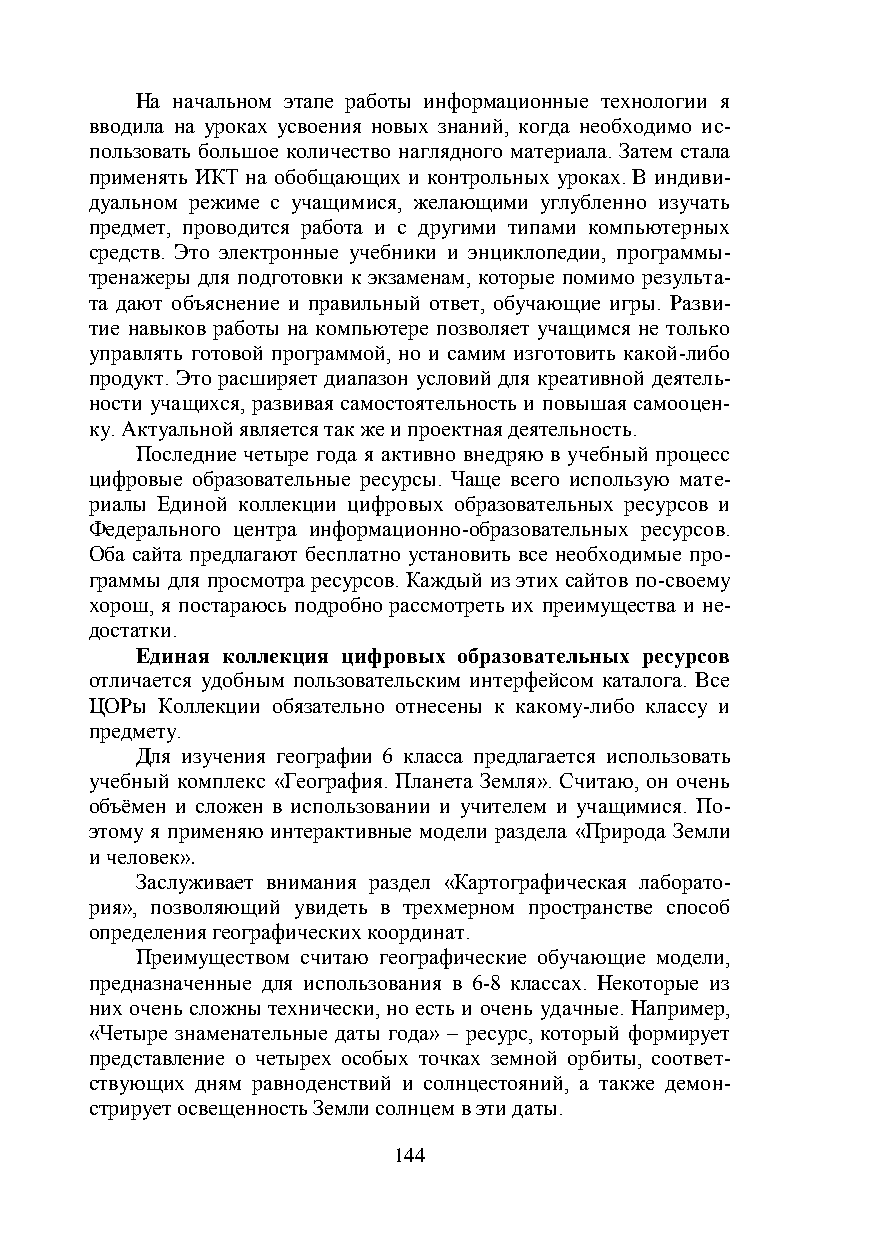
На начальном этапе работы информационные технологии я
 вводила на уроках усвоения новых знаний, когда необходимо ис-
 пользовать большое количество наглядного материала. Затем стала
 применять ИКТ на обобщающих и контрольных уроках. В индиви-
 дуальном режиме с учащимися, желающими углубленно изучать
 предмет, проводится работа и с другими типами компьютерных
 средств. Это электронные учебники и энциклопедии, программы-
 тренажеры для подготовки к экзаменам, которые помимо результа-
 та дают объяснение и правильный ответ, обучающие игры. Разви-
 тие навыков работы на компьютере позволяет учащимся не только
 управлять готовой программой, но и самим изготовить какой-либо
 продукт. Это расширяет диапазон условий для креативной деятель-
 ности учащихся, развивая самостоятельность и повышая самооцен-
 ку. Актуальной является так же и проектная деятельность.
 Последние четыре года я активно внедряю в учебный процесс
 цифровые образовательные ресурсы. Чаще всего использую мате-
 риалы Единой коллекции цифровых образовательных ресурсов и
 Федерального центра информационно-образовательных ресурсов.
 Оба сайта предлагают бесплатно установить все необходимые про-
 граммы для просмотра ресурсов. Каждый из этих сайтов по-своему
 хорош, я постараюсь подробно рассмотреть их преимущества и не-
 достатки.
 Единая коллекция цифровых образовательных ресурсов
 отличается удобным пользовательским интерфейсом каталога. Все
 ЦОРы Коллекции обязательно отнесены к какому-либо классу и
 предмету.
 Для изучения географии 6 класса предлагается использовать
 учебный комплекс «География. Планета Земля». Считаю, он очень
 объёмен и сложен в использовании и учителем и учащимися. По-
 этому я применяю интерактивные модели раздела «Природа Земли
 и человек».
 Заслуживает внимания раздел «Картографическая лаборато-
 рия», позволяющий увидеть в трехмерном пространстве способ
 определения географических координат.
 Преимуществом считаю географические обучающие модели,
 предназначенные для использования в 6-8 классах. Некоторые из
 них очень сложны технически, но есть и очень удачные. Например,
 «Четыре знаменательные даты года» – ресурс, который формирует
 представление о четырех особых точках земной орбиты, соответ-
 ствующих дням равноденствий и солнцестояний, а также демон-
 стрирует освещенность Земли солнцем в эти даты.
 144